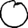
Digit: 0